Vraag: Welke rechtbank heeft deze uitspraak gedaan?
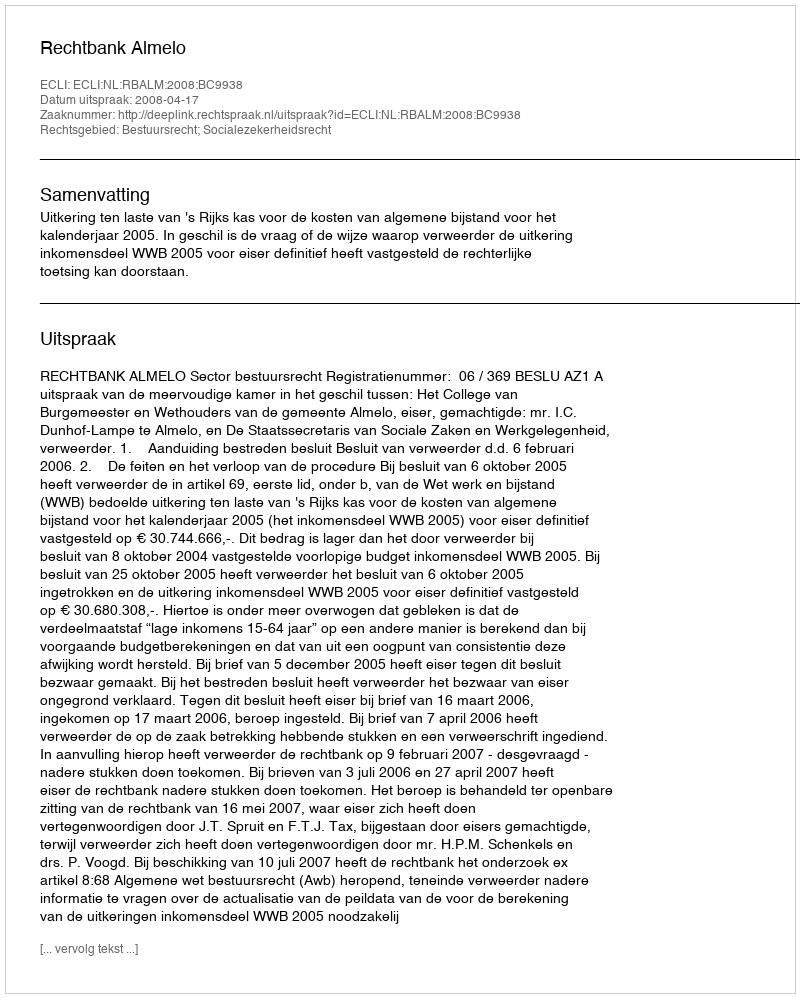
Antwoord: Rechtbank Almelo